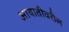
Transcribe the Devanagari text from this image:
आयातीवरील